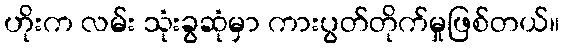
ဟိုးက လမ်း သုံးခွဆုံမှာ ကားပွတ်တိုက်မှုဖြစ်တယ်။